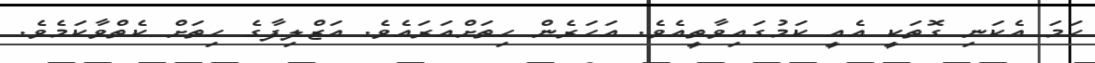
ހަމަ އެކަނި ގޮތަކީ އެއީ ކަމުގައިވާތީއެވެ. އަހަރެން ހިތަށްއަރައެވެ. އަޒްލިފާގެ ހިތަށް ކެތްވާކަމެވެ.